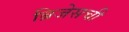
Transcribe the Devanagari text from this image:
ब्रिजेसची